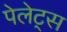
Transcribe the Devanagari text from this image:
पेलेट्स